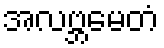
အလဗ္ဘမေတံ